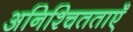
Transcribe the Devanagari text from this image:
अनिश्चितताएँ